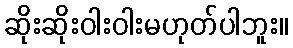
ဆိုးဆိုးဝါးဝါးမဟုတ်ပါဘူး။